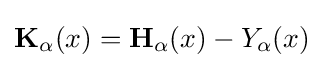
\mathbf {K} _{\alpha }(x)=\mathbf {H} _{\alpha }(x)-Y_{\alpha }(x)